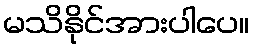
မသိနိုင်အားပါပေ။